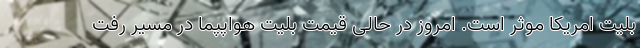
بلیت امریکا موثر است. امروز در حالی قیمت بلیت هواپپما در مسیر رفت